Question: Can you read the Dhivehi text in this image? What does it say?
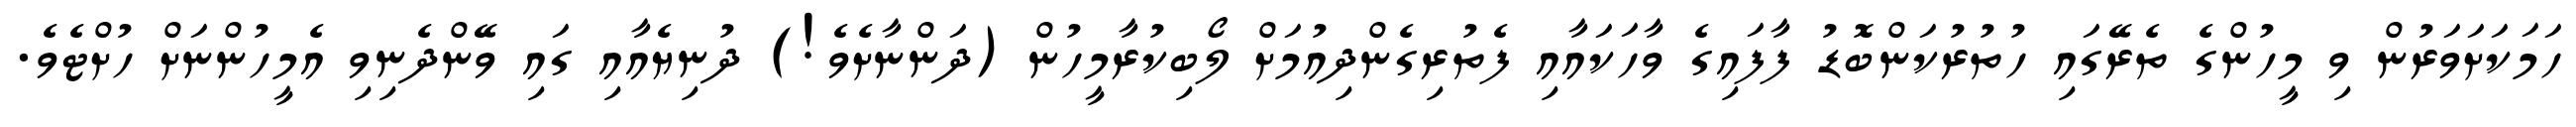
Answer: ހަމަކަށަވަރުން ވި މީހުންގެ ތެރޭގައި ހުތުރުކަންބޮޑު ފާފައިގެ ވާހަކައާއި ފެތުރިގެންދިއުމަށް ލޯބިކުރާމީހުން (ދަންނާށެވެ!) ދުނިޔެއާއި ގައި ވޭންދެނިވި އެމީހުންނަށް ހުށްޓެވެ.